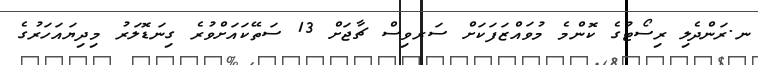
ނ.ރަންދެލި ރިސޯޓުގެ ކޮންމެ މުވައްޒަފަކަށް ސަރވިސް ޗާޖަށް 13 ސަތޭކައަށްވުރެ ގިނަޑޮލަރު މިދިޔައަހަރުގެ